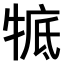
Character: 𤚃